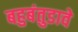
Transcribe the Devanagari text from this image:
बहुबंतुडावे